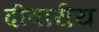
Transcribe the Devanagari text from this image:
दीवारीय